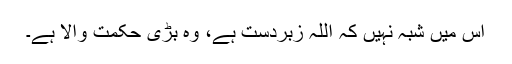
اِس میں شبہ نہیں کہ اللہ زبردست ہے، وہ بڑی حکمت والا ہے۔